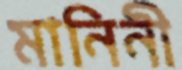
মানিনী